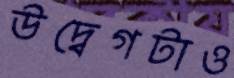
উদ্বেগটাও